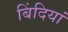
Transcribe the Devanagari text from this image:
बिंदियां